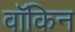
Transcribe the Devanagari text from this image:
वॉकिन